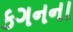
કગનના